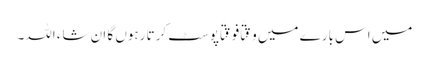
میں اس بارے میں وقتًا فوقتًا پوسٹ کرتا رہوں گا ان شاء اللہ۔